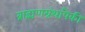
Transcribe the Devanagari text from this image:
ब्राह्मणग्रंथांपैकी